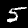
Digit: 5